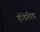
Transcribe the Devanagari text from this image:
हैं।डेविड